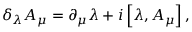
\delta _ { \lambda } { A } _ { \mu } = \partial _ { \mu } { \lambda } + i \left[ \lambda , { A } _ { \mu } \right] ,